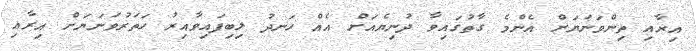
އިރާއި ތިންވަނަޔަށް އެންމެ ގާތުގައިވާ ދުނިޔެއަށް އެއް ހަނދު ލިބިފައިވާއިރު ހަތަރުވަނަޔަށް އިރާއި